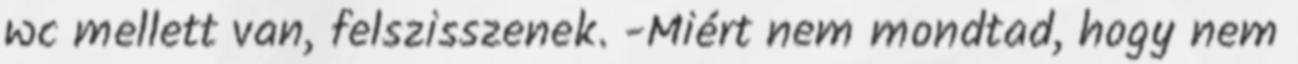
wc mellett van, felszisszenek. -Miért nem mondtad, hogy nem